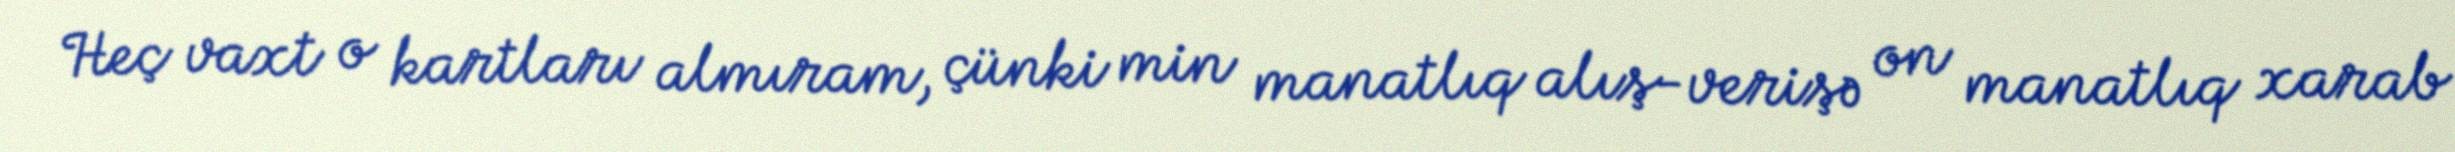
Heç vaxt o kartları almıram, çünki min manatlıq alış-verişə on manatlıq xarab